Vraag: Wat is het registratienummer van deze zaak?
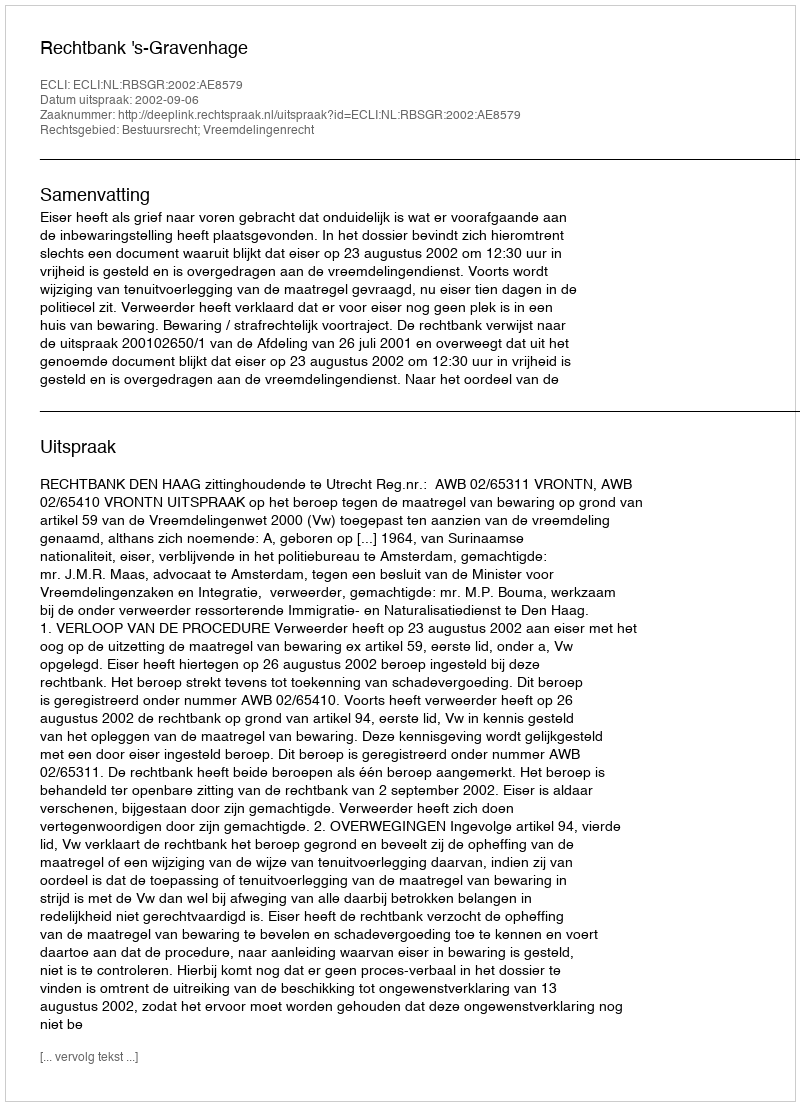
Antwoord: http://deeplink.rechtspraak.nl/uitspraak?id=ECLI:NL:RBSGR:2002:AE8579